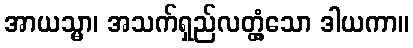
အာယသ္မာ၊ အသက်ရှည်လတ္တံ့သော ဒါယကာ။